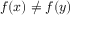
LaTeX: f \! \left( x \right) \neq f \! \left( y \right)